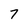
Character: 7